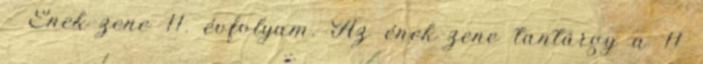
- Ének-zene 11. évfolyam. Az ének-zene tantárgy a 11